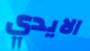
الايدي